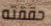
حققته